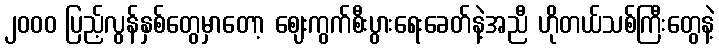
၂၀၀၀ ပြည့်လွန်နှစ်တွေမှာတော့ ဈေးကွက်စီးပွားရေးခေတ်နဲ့အညီ ဟိုတယ်သစ်ကြီးတွေနဲ့